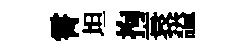
霄坦拘衰謚